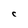
Character: C